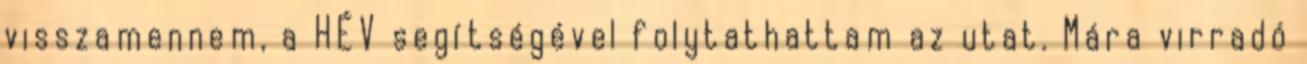
visszamennem, a HÉV segítségével folytathattam az utat. Mára virradó